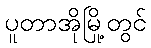
ပူတာအိုမြို့တွင်